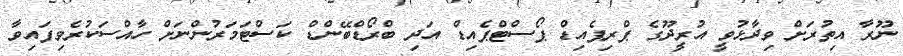
ނޫރާ އިތުރަށް ވިދާޅުވީ އުރީދޫގެ ޕްރިޕެއިޑް ޕޯސްޓްޕެއިޑް އަދި ބްރޯޑްބޭންޑް ކަސްޓަމަރުންނަށް ހާއްސަކުރެވިފައިވާ